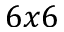
6 x 6